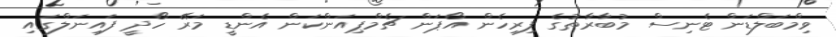
ވިމްބަލްޑަން ޓެނިސް މުބާރާތުގެ ފިރިހެން އޯޕަން ޗެމްޕިއަންކަން އެންޑީ މަރޭ ހޯދީ ފައިނަލްގައި